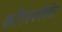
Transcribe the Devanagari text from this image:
कोंगस्पयेलेत